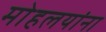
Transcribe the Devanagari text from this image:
माेहलयांना